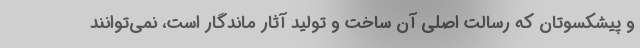
و پیشکسوتان که رسالت اصلی آن ساخت و تولید آثار ماندگار است، نمی‌توانند